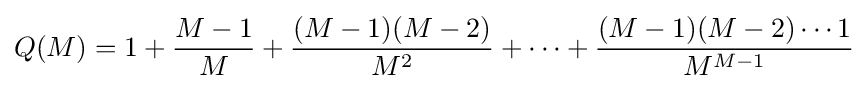
Q(M)=1+{\frac {M-1}{M}}+{\frac {(M-1)(M-2)}{M^{2}}}+\cdots +{\frac {(M-1)(M-2)\cdots 1}{M^{M-1}}}